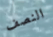
النصف